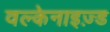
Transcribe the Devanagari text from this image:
वल्केनाइज़्ड